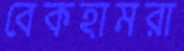
বেকহামরা